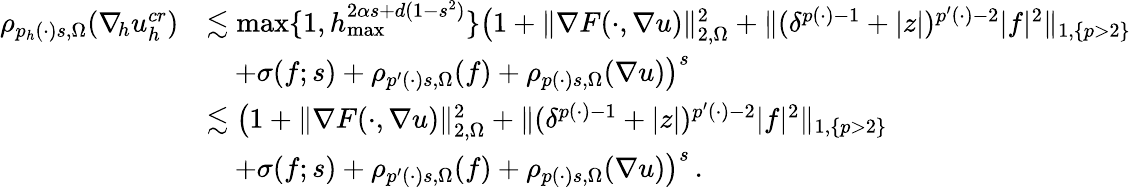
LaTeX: \begin{array}{rl}{\rho_{p_{h}(\cdot)s,\Omega}(\nabla_{\! h}u_{h}^{\textit{cr}})}&{\lesssim\operatorname*{max}\{ 1,h_{\operatorname*{max}}^{2\alpha s+d(1-s^{2})}\} \big(1+\| \nabla F(\cdot,\nabla u)\| _{2,\Omega}^{2}+\| (\delta^{p(\cdot)-1}+\vert z\vert)^{p^{\prime}(\cdot)-2}\vert f\vert^{2}\| _{1,\{ p>2\} }}\\ &{\quad+\sigma(f;s)+\rho_{p^{\prime}(\cdot)s,\Omega}(f)+\rho_{p(\cdot)s,\Omega}(\nabla u)\big)^{s}}\\ &{\lesssim\big(1+\| \nabla F(\cdot,\nabla u)\| _{2,\Omega}^{2}+\| (\delta^{p(\cdot)-1}+\vert z\vert)^{p^{\prime}(\cdot)-2}\vert f\vert^{2}\| _{1,\{ p>2\} }}\\ &{\quad+\sigma(f;s)+\rho_{p^{\prime}(\cdot)s,\Omega}(f)+\rho_{p(\cdot)s,\Omega}(\nabla u)\big)^{s}\, .}\end{array}